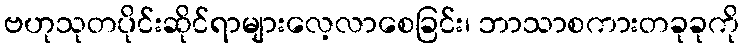
ဗဟုသုတပိုင်းဆိုင်ရာများလေ့လာစေခြင်း၊ ဘာသာစကားတခုခုကို